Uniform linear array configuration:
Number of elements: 8
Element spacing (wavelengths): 1
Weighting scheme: binomial
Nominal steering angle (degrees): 60
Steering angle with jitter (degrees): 59.004
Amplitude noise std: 0.05
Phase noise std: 0.05

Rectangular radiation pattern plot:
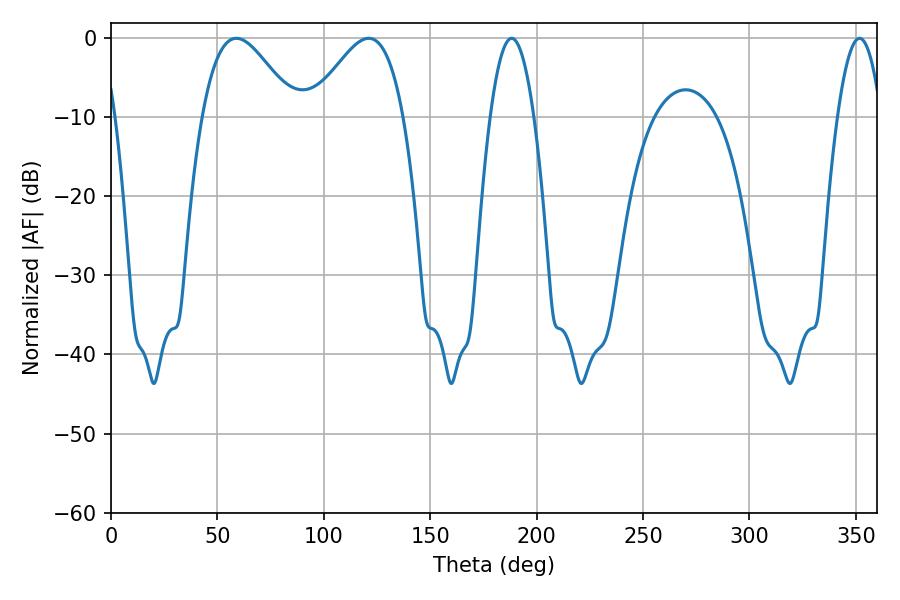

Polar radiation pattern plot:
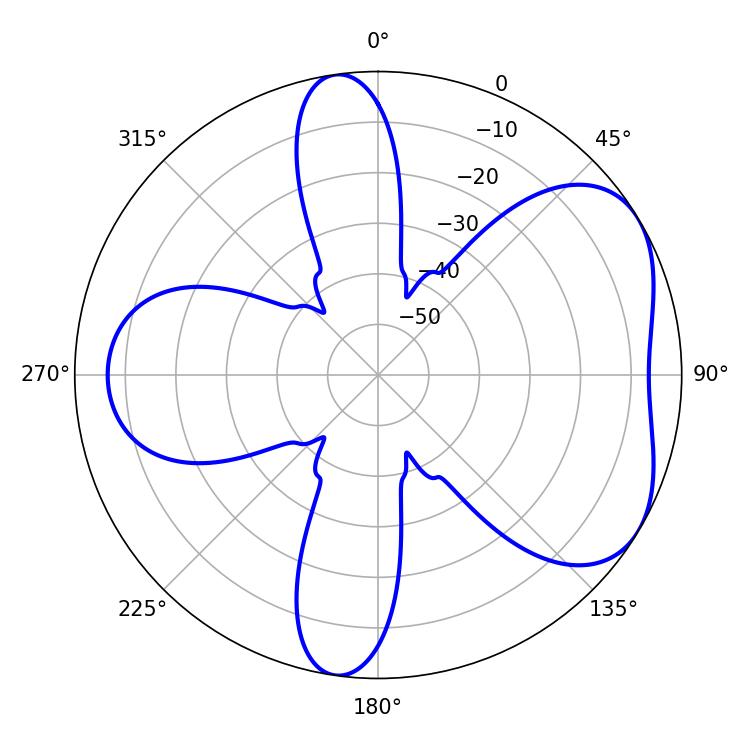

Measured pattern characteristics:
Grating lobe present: TRUE
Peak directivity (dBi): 5.001
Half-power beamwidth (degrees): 11.16
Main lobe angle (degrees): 188.28